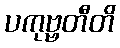
ပကုဗ္ဗတီတိ